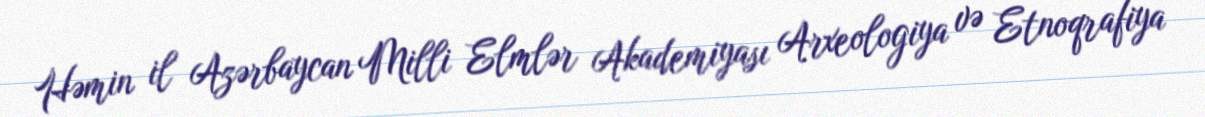
Həmin il Azərbaycan Milli Elmlər Akademiyası Arxeologiya və Etnoqrafiya